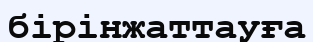
бірінжаттауға